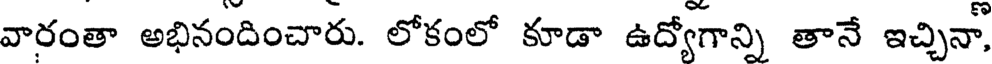
వారంతా అభినందించారు. లోకంలో కూడా ఉద్యోగాన్ని తానే ఇచ్చినా,